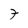
Character: 7